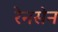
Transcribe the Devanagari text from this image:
रेनसेन